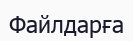
Файлдарға